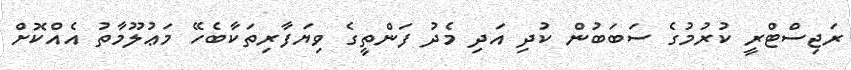
ރަޖިސްޓްރީ ކުރުމުގެ ސަބަބުން ކުދި އަދި މެދު ފަންތީގެ ވިޔަފާރިތަކާބެހޭ މަޢުލޫމާތު އެއްކޮށް